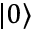
| 0 \rangle